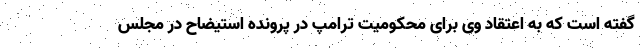
گفته است که به اعتقاد وی برای محکومیت ترامپ در پرونده استیضاح در مجلس